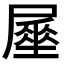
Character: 𡳑